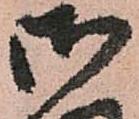
御